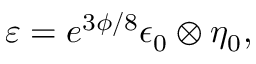
{ \varepsilon = e ^ { 3 \phi / 8 } \epsilon _ { 0 } \otimes \eta _ { 0 } , }